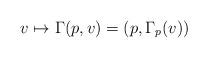
LaTeX: \begin{align*}v \mapsto \Gamma(p,v) = \left( p,\Gamma_{p}(v) \right)\end{align*}